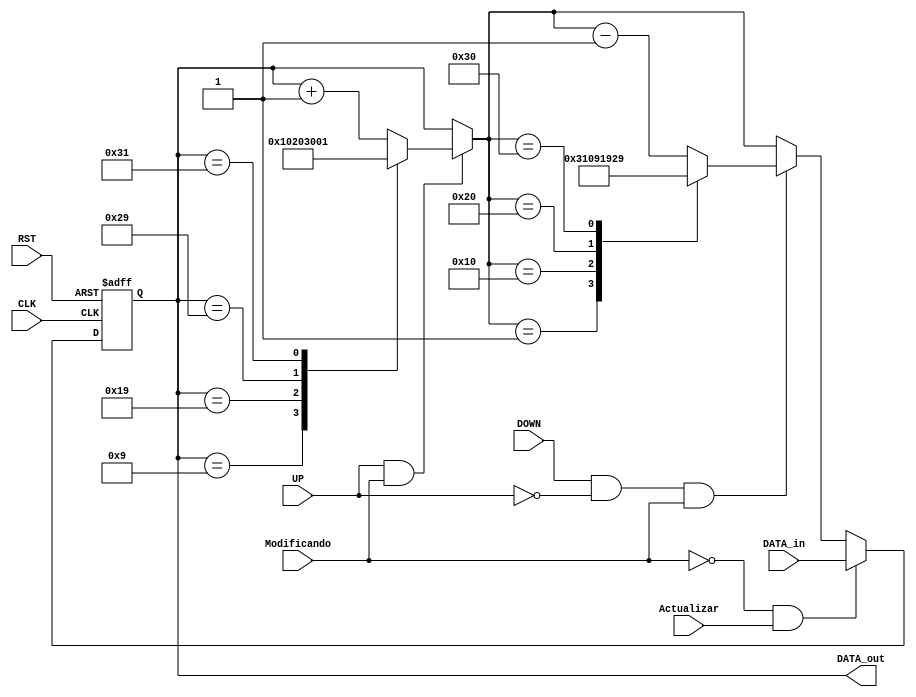
//////////////////////////////////////////////////////////////////////////////////
module RegDias
	(
	input CLK,RST,			//Reloj general del circuito
	input UP,  				//Seal de incremento
	input DOWN,				//Seal de decremento
	input Modificando,	//Seal de modificacion
	input Actualizar, 	//Seal de actualizacion de datos
	input  [7:0]DATA_in,	//Datos de entrada
	output [7:0]DATA_out	//Datos de salida
   );

reg [7:0]Auxiliar  =  8'd0; //

////////////////////////////////////////////////
/////////// SECCION DE BANDERAS ////////////////
always @(posedge CLK, posedge RST)		//Modificacion de datos
begin
	if(RST == 1'b1) Auxiliar = 8'h00;
	else begin

	if(UP == 1'b1 && Modificando == 1'b1) 	 //Si se incrementa manualmente
	begin
	case (Auxiliar)
			8'h09 : Auxiliar = 8'h10;
			8'h19 : Auxiliar = 8'h20;
			8'h29 : Auxiliar = 8'h30;
			8'h31 : Auxiliar = 8'h01;
			default Auxiliar = Auxiliar + 1'b1;
	endcase
	end

	if(DOWN == 1'b1 && UP == 1'b0 && Modificando == 1'b1) //Si se decrementa manualmente
	begin
	case (Auxiliar)
			8'h01 : Auxiliar = 8'h31;
			8'h10 : Auxiliar = 8'h09;
			8'h20 : Auxiliar = 8'h19;
			8'h30 : Auxiliar = 8'h29;
			default Auxiliar = Auxiliar - 1'b1;
	endcase
	end

	if(Modificando == 1'b0 && Actualizar == 1'b1) Auxiliar = DATA_in; //Si se debe actualizar el registro con los datos de entrada
	else Auxiliar = Auxiliar; end
end

assign DATA_out = Auxiliar;
endmodule